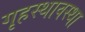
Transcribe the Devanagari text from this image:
गृहस्थावस्था